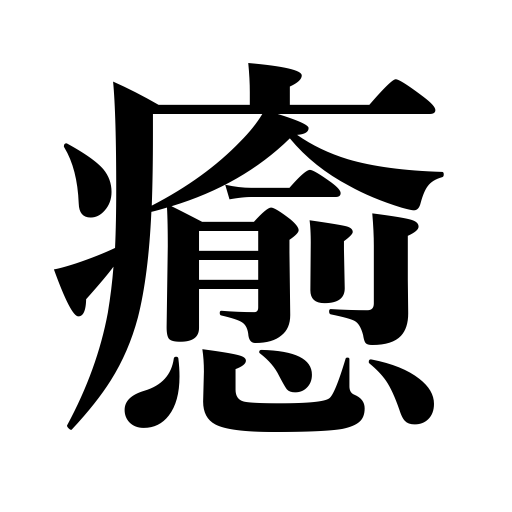
Meanings: cure,recover,be healed,quench thirst,wreak vengeance,heal